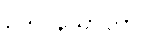
ဥဒပါနသာလာ